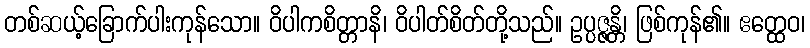
တစ်ဆယ့်ခြောက်ပါးကုန်သော။ ဝိပါကစိတ္တာနိ၊ ဝိပါတ်စိတ်တို့သည်။ ဥပ္ပဇ္ဇန္တိ၊ ဖြစ်ကုန်၏။ ဧတ္ထေဝ၊